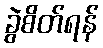
ခွဲစိတ်ရန်